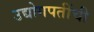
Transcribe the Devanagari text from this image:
उद्योगपतींची